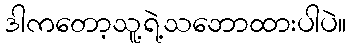
ဒါကတော့သူ့ရဲ့သဘောထားပါပဲ။